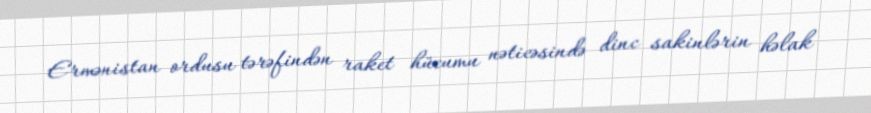
Ermənistan ordusu tərəfindən raket hücumu nəticəsində dinc sakinlərin həlak